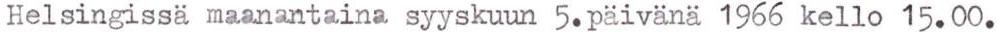
Helsingissä maanantaina syyskuun 5.päivänä 1966 kello 15.00.